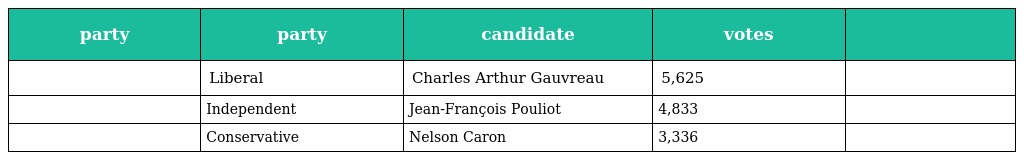
| party | party | candidate | votes |  |
 | --- | --- | --- | --- | --- |
 |  | Liberal | Charles Arthur Gauvreau | 5,625 |  |
 |  | Independent | Jean-François Pouliot | 4,833 |  |
 |  | Conservative | Nelson Caron | 3,336 |  |